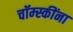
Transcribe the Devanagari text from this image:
चॉम्स्कींना